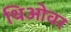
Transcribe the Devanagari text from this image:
थिओवर